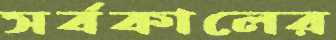
সর্বকালের